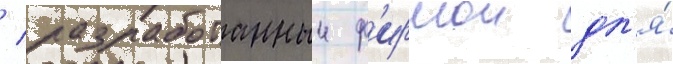
/ разработанныи ф'ирмои дл'я́